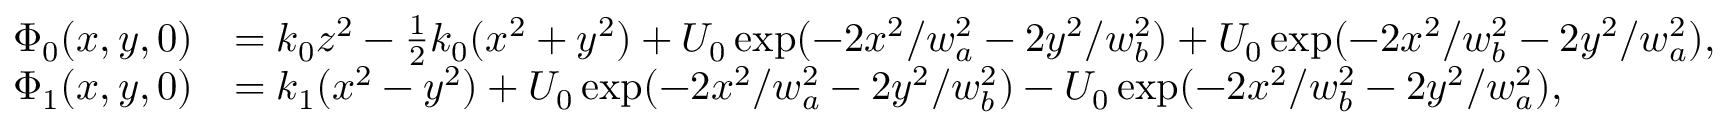
\begin{array} { r l } { \Phi _ { 0 } ( x , y , 0 ) } & { = k _ { 0 } z ^ { 2 } - \frac { 1 } { 2 } k _ { 0 } ( x ^ { 2 } + y ^ { 2 } ) + U _ { 0 } \exp ( - 2 x ^ { 2 } / w _ { a } ^ { 2 } - 2 y ^ { 2 } / w _ { b } ^ { 2 } ) + U _ { 0 } \exp ( - 2 x ^ { 2 } / w _ { b } ^ { 2 } - 2 y ^ { 2 } / w _ { a } ^ { 2 } ) , } \\ { \Phi _ { 1 } ( x , y , 0 ) } & { = k _ { 1 } ( x ^ { 2 } - y ^ { 2 } ) + U _ { 0 } \exp ( - 2 x ^ { 2 } / w _ { a } ^ { 2 } - 2 y ^ { 2 } / w _ { b } ^ { 2 } ) - U _ { 0 } \exp ( - 2 x ^ { 2 } / w _ { b } ^ { 2 } - 2 y ^ { 2 } / w _ { a } ^ { 2 } ) , } \end{array}